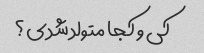
کی و کجا متولد شدی؟